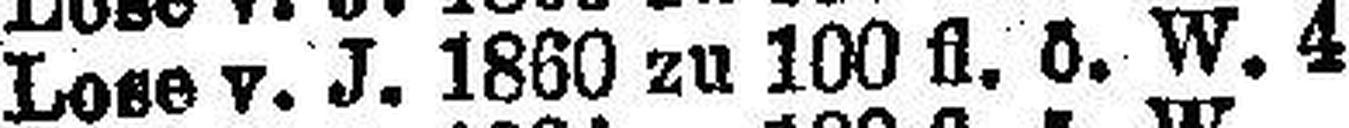
Lose v. J. 1860 zu 100 fl. ö. W. 4